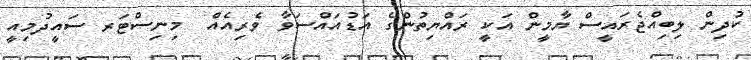
ކުދިން ލިބިއްޖެރައީސް ޔާމީން އަކީ ރައްޔިތުންގެ އަޑުއައްސަވާ ވެރިއެއް  މިނިސްޓަރ ސައީދުމިއީ